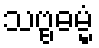
သဗ္ဗဓမ္မံ